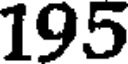
195